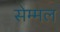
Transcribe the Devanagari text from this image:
सेम्मल